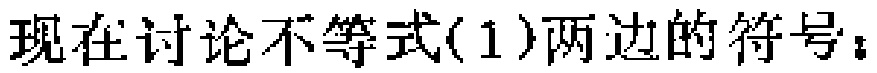
现在讨论不等式(1)两边的符号：